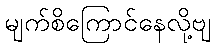
မျက်စိကြောင်နေလို့ဗျ